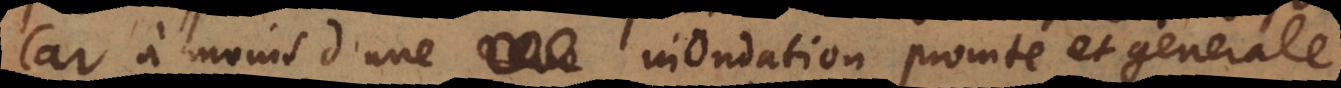
Car à moins d’une inondation promte et generale